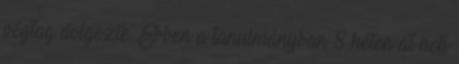
végtag dolgozik. Ebben a tanulmányban 8 héten át heti